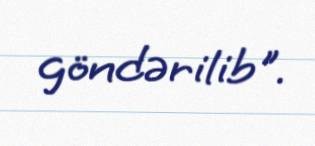
göndərilib".